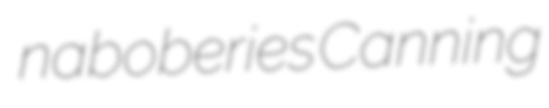
naboberies Canning